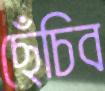
ছেঁচিব